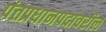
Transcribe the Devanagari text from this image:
पंतप्रधानपदावरील